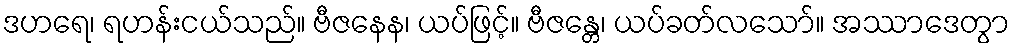
ဒဟရေ၊ ရဟန်းငယ်သည်။ ဗီဇနေန၊ ယပ်ဖြင့်။ ဗီဇန္တေ၊ ယပ်ခတ်လသော်။ အဿာဒေတွာ